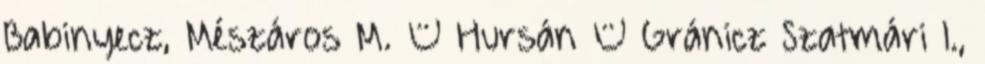
Babinyecz, Mészáros M. – Hursán – Gránicz Szatmári I.,